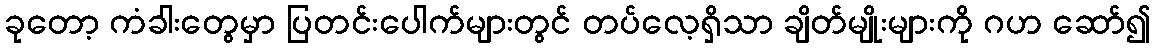
ခုတော့ ကံခါးတွေမှာ ပြတင်းပေါက်များတွင် တပ်လေ့ရှိသာ ချိတ်မျိုးများကို ဂဟ ဆော်၍